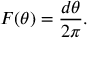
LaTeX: F ( \theta ) = { \frac { d \theta } { 2 \pi } } .